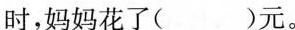
时，妈妈花了( )元。